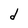
Character: d